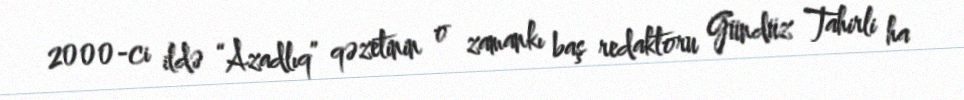
2000-ci ildə “Azadlıq” qəzetinin o zamankı baş redaktoru Gündüz Tahirli ha